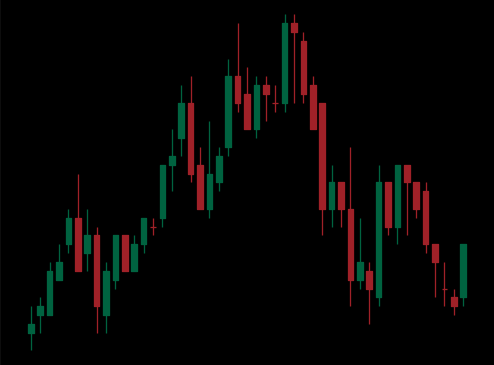
Pattern: head_shoulders